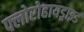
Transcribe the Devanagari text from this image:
फ्लोरोहायड्राइड